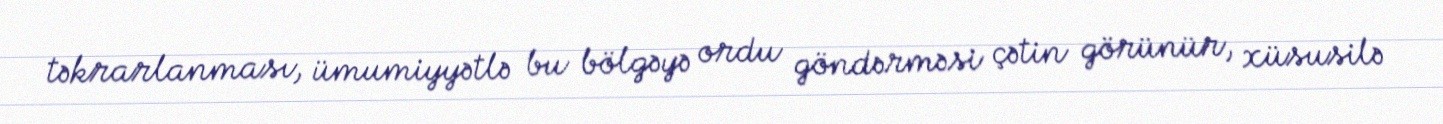
təkrarlanması, ümumiyyətlə bu bölgəyə ordu göndərməsi çətin görünür, xüsusilə